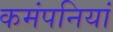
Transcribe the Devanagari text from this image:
कमंपनियां